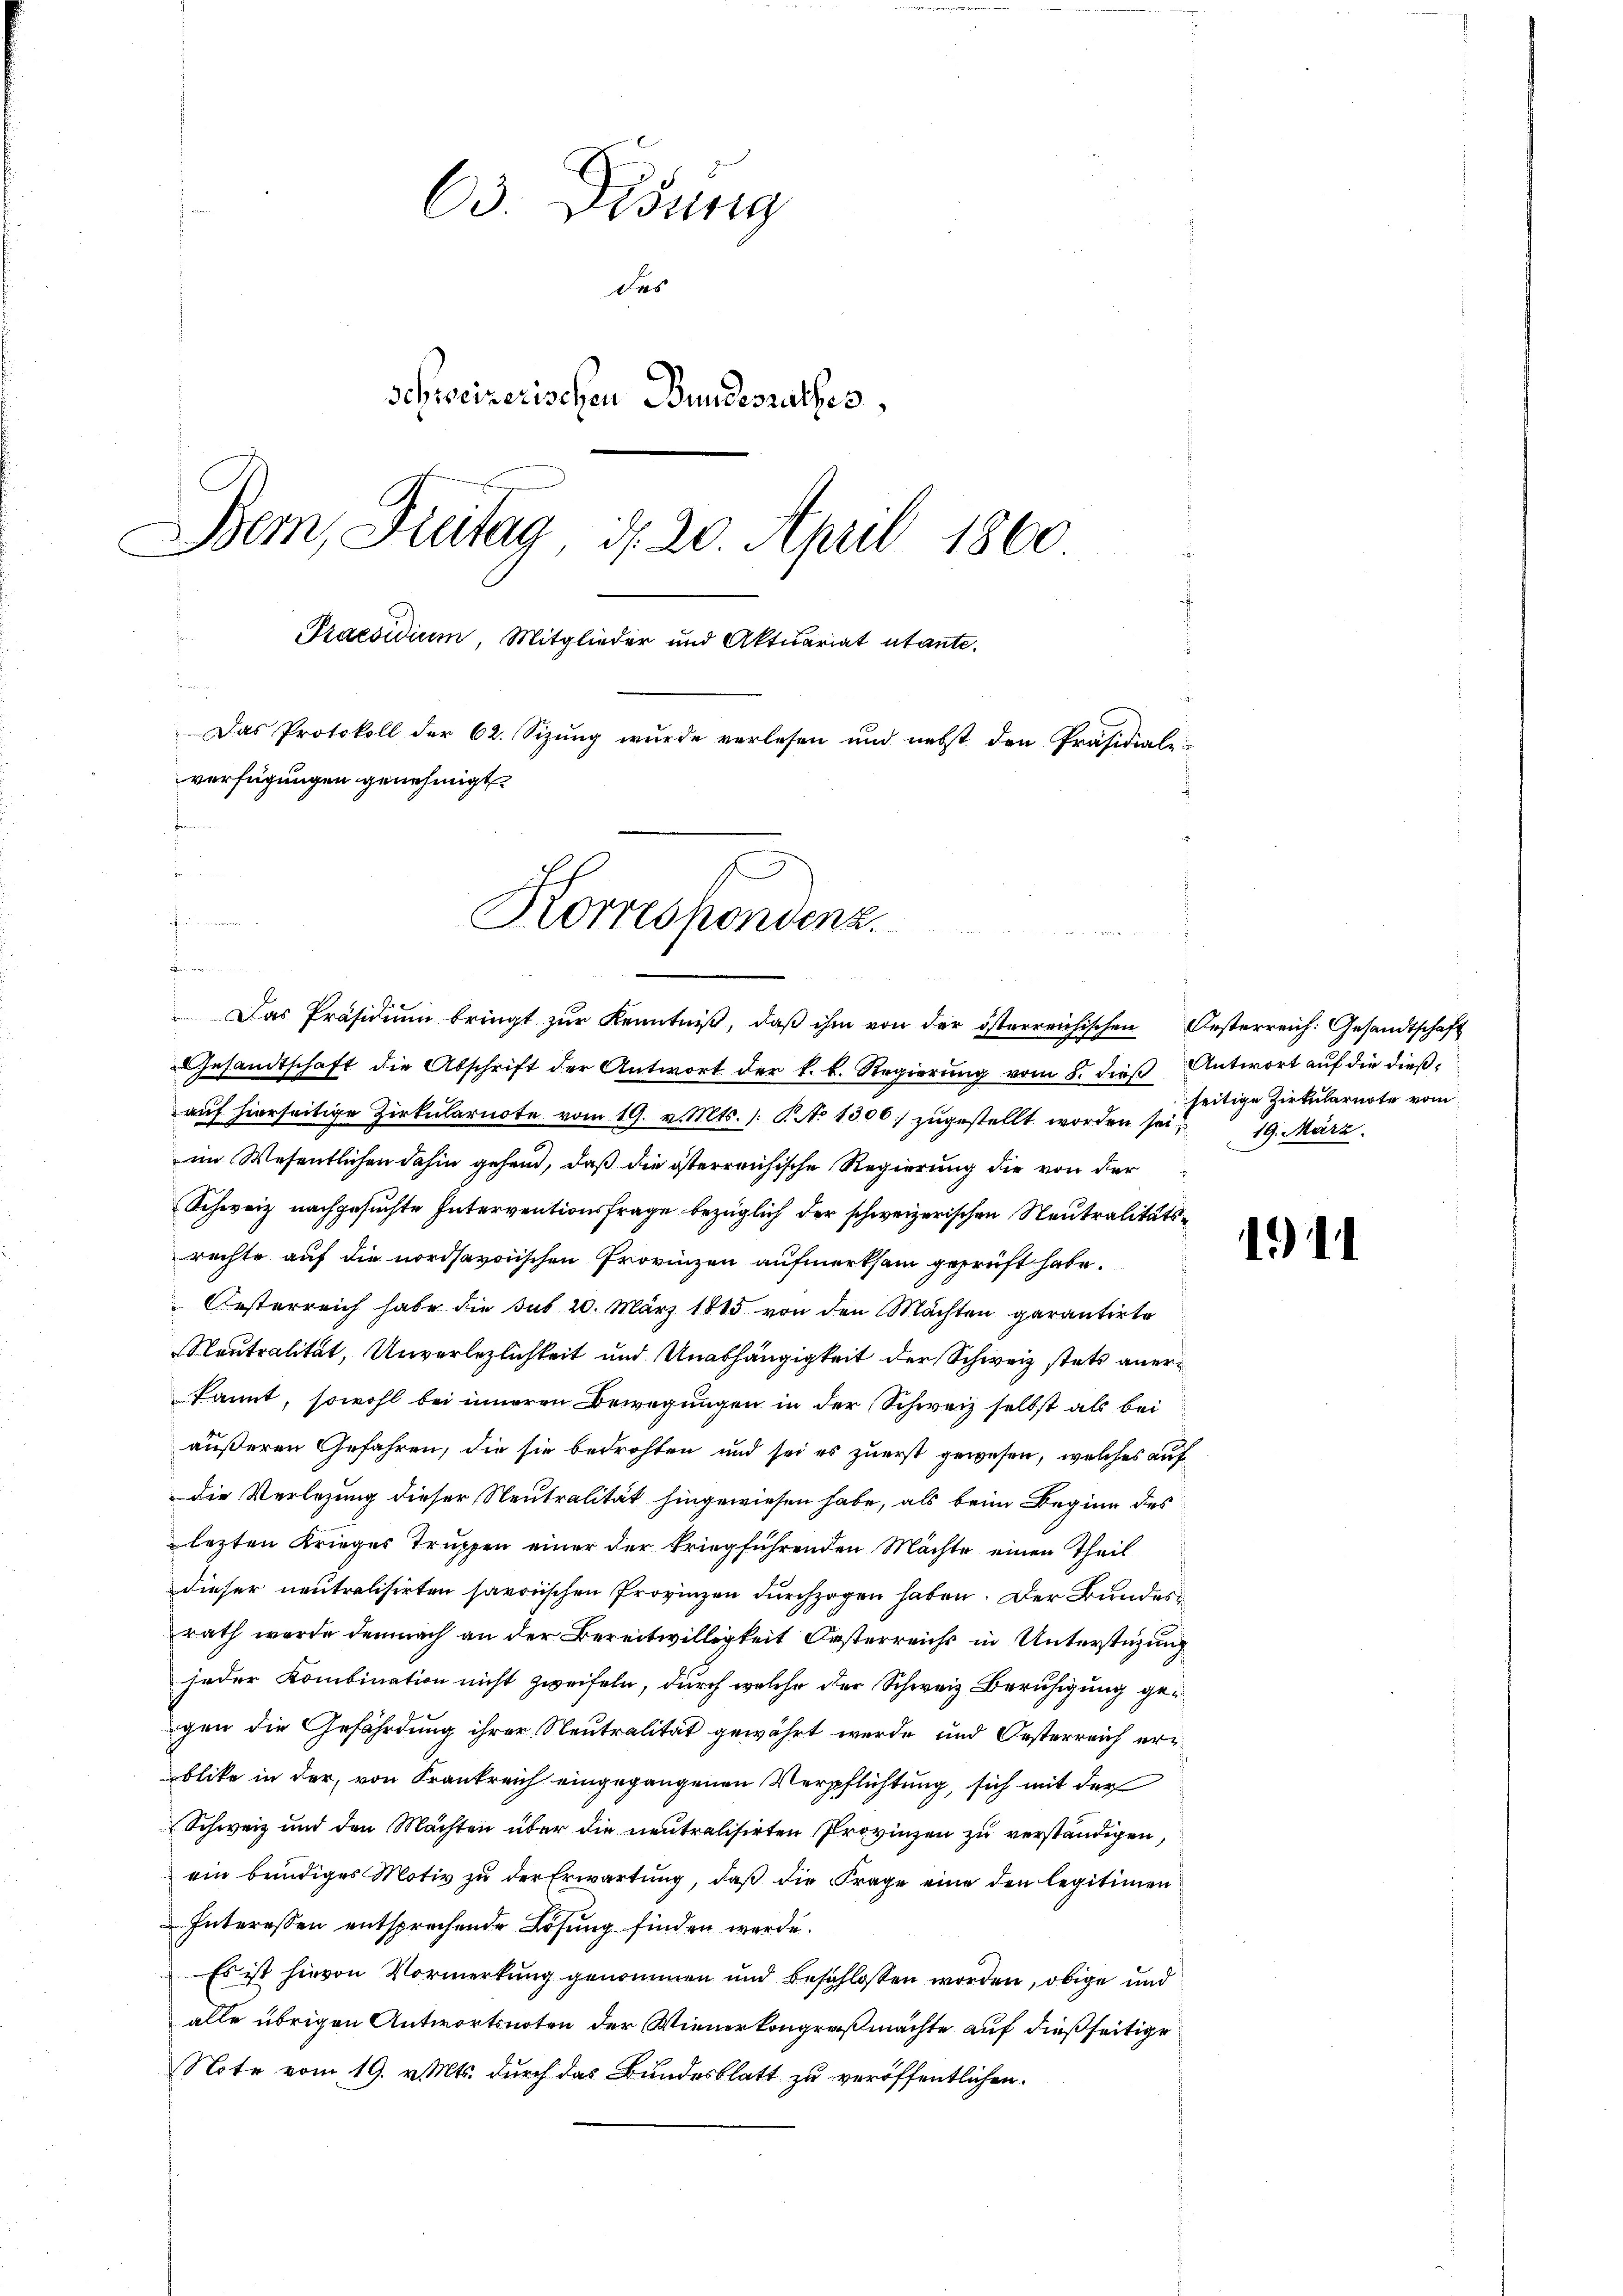
63. Disung
des
schweizerischen Bundesrathes,
Bem, Freitag d. 20. April 1860
Praesidium, Mitglieder und Aktuariat utante.
Das Protokoll der 62. Sizung wurde verlesen und nebst den Präsidial-
verfügungen genehmigt.

fein
Fende einen
Korrespondenz.

Das Präsidiŭm bringt zŭr Kenntniβ, daβ ihm von der österreichischen Oesterreich: Gesandtschaft
Gesandtschaft die Abschrift der Antwort der k. k. Regierung vom 8. dieß Antwort auf die dießauf hierseitige Zirkularnote vom 19. v. Mts. /: S. No 1306) zugestellt worden sei, 19. März.
im Wesentlichen dahin gehend, daß die österreichische Regierung die von der
Schweiz nachgesuchte Interventionsfrage bezüglich der schweizerischen Neutralitätsrechte auf die nordsavoischen Provinzen aufmerksam geprüft habe.
Oesterreich habe die sub 20. März 1815 von den Mächten garantirte
Neutralität, Unverlezlichkeit und Unabhängigkeit der Schweiz stets anerkannt, sowohl bei inneren Bewegungen in der Schweiz selbst als bei
äußeren Gefahren, die sie bedrohten und sei es zuerst gewesen, welches auf
die Verlegung dieser Neutralität hingewiesen habe, als beim Beginn des
lezten Krieges Truppen einer der kriegführenden Mächte einen Theil
dieser neutralisirten savorischen Provinzen durchzogen haben. Der Bundesrath werde demnach an der Bereitwilligkeit Oesterreichs in Unterstüzung
jeder Kombination nicht zweifeln, durch welche der Schweiz Beruhigung gegen die Gefährdung ihrer Neutralität gewährt werde und Oesterreich erblike in der, von Krankreich eingegangenen Verpflichtung, sich mit der
Schweiz und den Mächten über die neutralisirten Provinzen zu verständigen,
ein bündiges Motiv zu der Erwartung, daß die Frage eine den legitimen
Interessen entsprechende Lösung finden werde.
Es ist hievon Vormerkung genommen und beschlossen worden, obige und
alle übrigen Antwortsnoten der Wienerkongreßmächte auf dießseitige
Note vom 19. v. Mts. durch das Bundesblatt zu veröffentlichen

seitige Zirkularnote vom

1